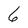
Character: 6